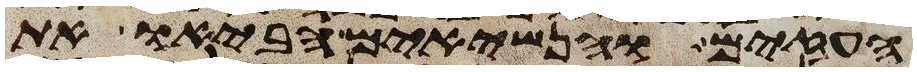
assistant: העזים והנשיאים הביאו את